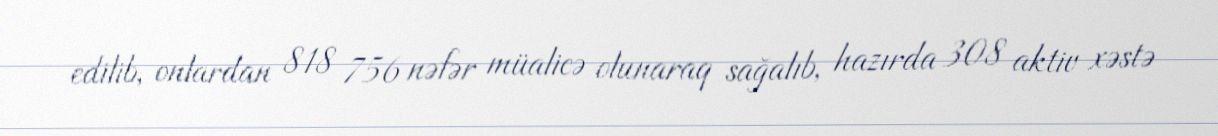
edilib, onlardan 818 756 nəfər müalicə olunaraq sağalıb, hazırda 308 aktiv xəstə